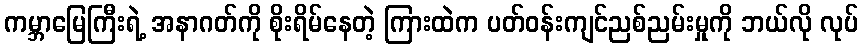
ကမ္ဘာမြေကြီးရဲ့ အနာဂတ်ကို စိုးရိမ်နေတဲ့ ကြားထဲက ပတ်ဝန်းကျင်ညစ်ညမ်းမှုကို ဘယ်လို လုပ်